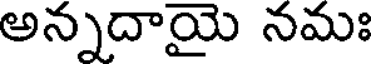
అన్నదాయై నమః